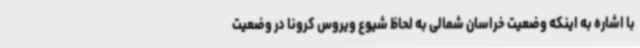
با اشاره به اینکه وضعیت خراسان شمالی به لحاظ شیوع ویروس کرونا در وضعیت